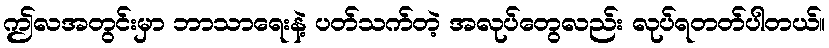
ဤလအတွင်းမှာ ဘာသာရေးနဲ့ ပတ်သက်တဲ့ အလုပ်တွေလည်း လုပ်ရတတ်ပါတယ်။